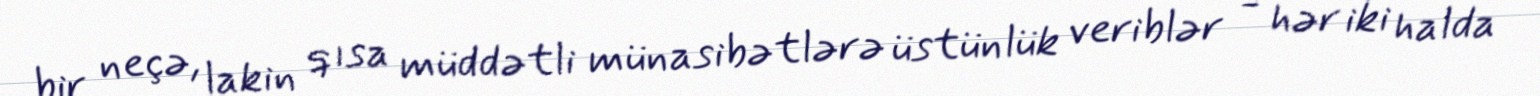
bir neçə, lakin qısa müddətli münasibətlərə üstünlük veriblər - hər iki halda